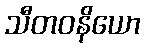
သီတဝနိယော